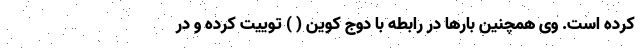
کرده است. وی همچنین بارها در رابطه با دوج کوین ( ) توییت کرده و در